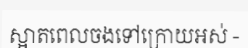
ស្អាតពេលចងទៅក្រោយអស់ -